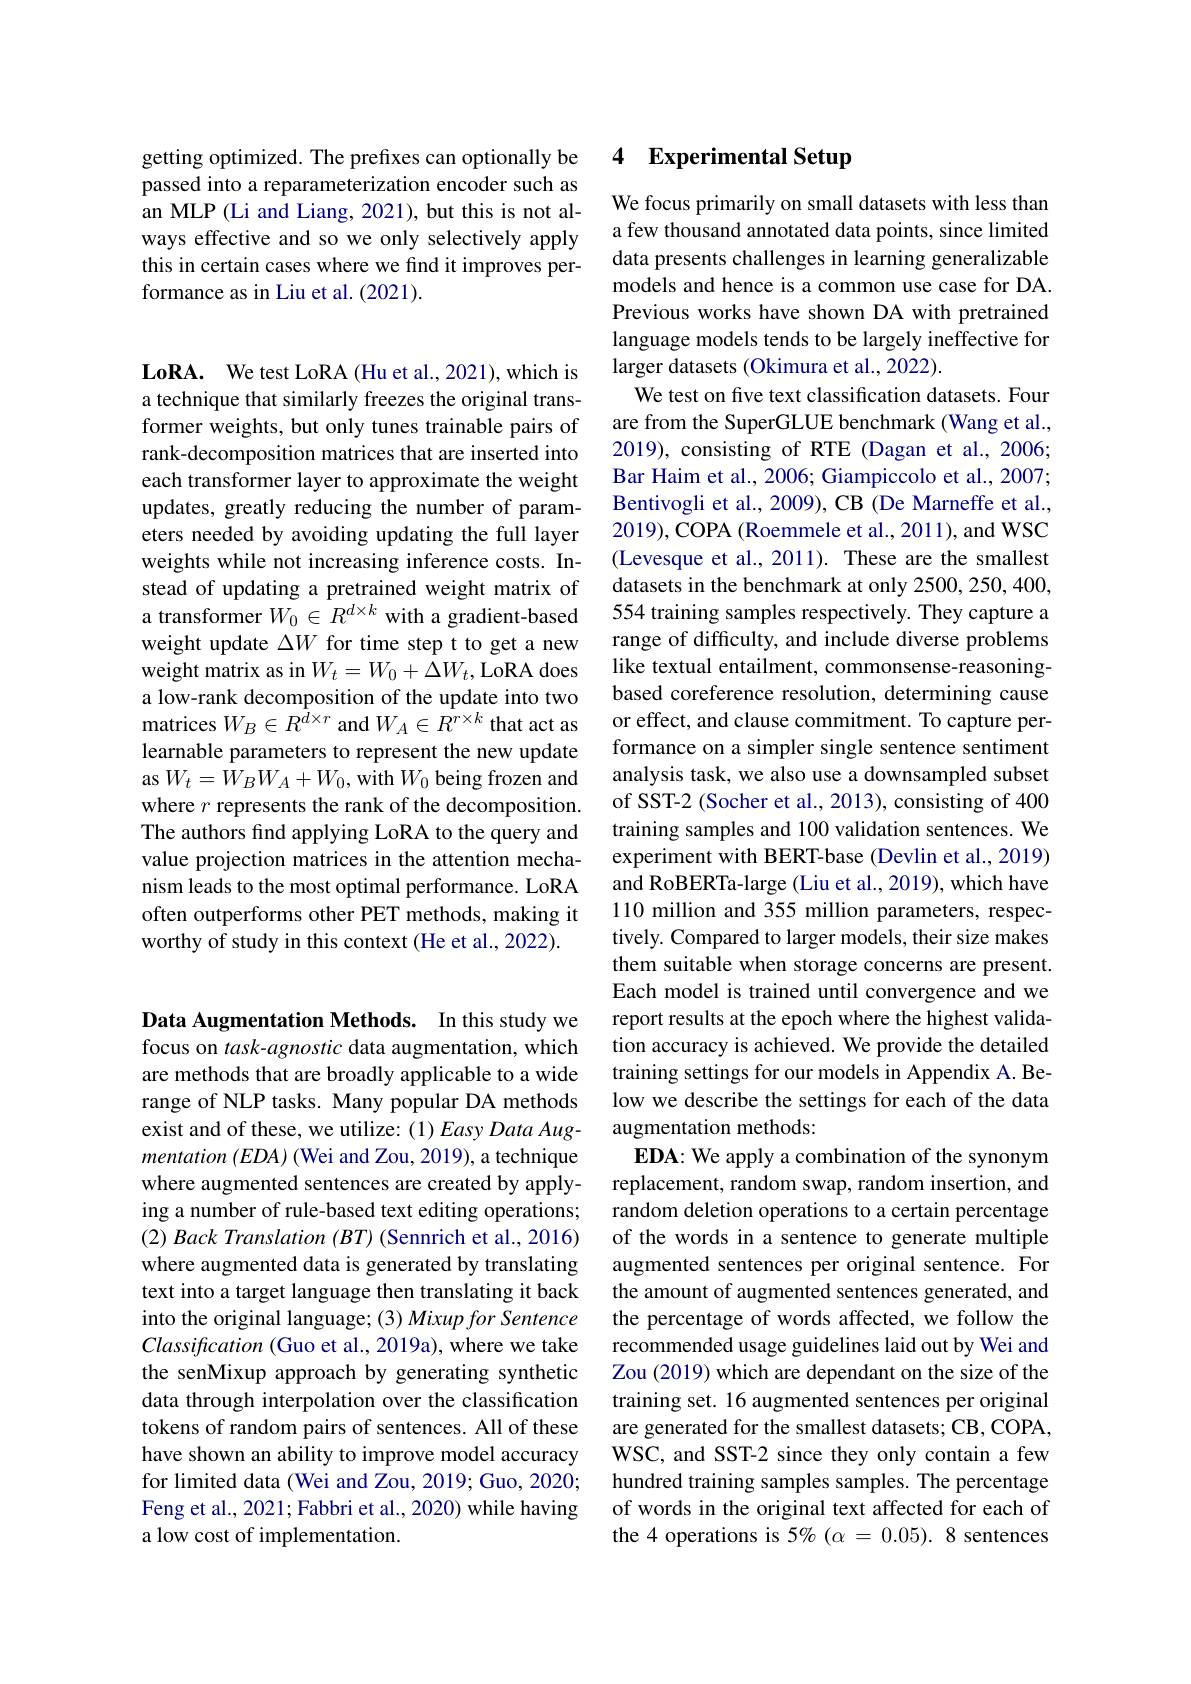
getting optimized. The prefixes can optionally be passed into a reparameterization encoder such as an MLP (Li and Liang, 2021), but this is not always effective and so we only selectively apply this in certain cases where we find it improves performance as in Liu et al. (2021).

$\mathbf{LoRA. }$ We test LoRA(Hu et al., 2021), which is a technique that similarly freezes the original transformer weights, but only tunes trainable pairs of rank-decomposition matrices that are inserted into each transformer layer to approximate the weight updates, greatly reducing the number of parameters needed by avoiding updating the full layer weights while not increasing inference costs. Instead of updating a pretrained weight matrix of a transformer $W_0\in R^{d\times k}$ with a gradient-based weight update $\Delta W$ for time step t to get a new weight matrix as in $W_t=W_0+\bar{\Delta}W_t$, LoRA does a low-rank decomposition of the update into two matrices $W_B\in R^{\bar{d}\times r}$ and $W_A\in\bar{R^{r\times k}}$ that act as learnable parameters to represent the new update as $W_t=W_BW_A+W_0$, with $W_0$ being frozen and where $r$ represents the rank of the decomposition. The authors find applying LoRA to the query and value projection matrices in the attention mechanism leads to the most optimal performance. LoRA often outperforms other PET methods, making it worthy of study in this context (He et al., 2022).

Data Augmentation Methods. In this study we focus on task-agnostic data augmentation, which are methods that are broadly applicable to a wide range of NLP tasks. Many popular DA methods exist and of these, we utilize: (1) Easy Data Augmentation $(EDA)$ (Wei and Zou, 2019), a technique where augmented sentences are created by applying a number of rule-based text editing operations; $( 2) \textit{ Back Translation }( BT)$ (Sennrich et al., 2016) where augmented data is generated by translating text into a target language then translating it back into the original language; (3) Mixup for Sentence Classification (Guo et al., 2019a), where we take the senMixup approach by generating synthetic data through interpolation over the classification tokens of random pairs of sentences. All of these have shown an ability to improve model accuracy for limited data (Wei and Zou, 2019; Guo, 2020; Feng et al., 2021; Fabbri et al., 2020) while having a low cost of implementation.

### 4 Experimental Setup

We focus primarily on small datasets with less than a few thousand annotated data points, since limited data presents challenges in learning generalizable models and hence is a common use case for DA. Previous works have shown DA with pretrained language models tends to be largely ineffective for larger datasets (Okimura et al., 2022).
We test on five text classification datasets. Four are from the SuperGLUE benchmark (Wang et al., 2019), consisting of RTE (Dagan et al., 2006; Bar Haim et al., 2006; Giampiccolo et al., 2007; Bentivogli et al., 2009), CB (De Marneffe et al., 2019),COPA (Roemmele et al., 2011), and WSC (Levesque et al., 2011). These are the smallest datasets in the benchmark at only 2500, 250, 400, 554 training samples respectively. They capture a range of difficulty, and include diverse problems like textual entailment, commonsense-reasoningbased coreference resolution, determining cause or effect, and clause commitment. To capture performance on a simpler single sentence sentiment analysis task, we also use a downsampled subset of SST-2 (Socher et al., 2013), consisting of 400 training samples and 100 validation sentences. We experiment with BERT-base (Devlin et al., 2019) and RoBERTa-large (Liu et al., 2019), which have 110 million and 355 million parameters, respectively. Compared to larger models, their size makes them suitable when storage concerns are present. Each model is trained until convergence and we report results at the epoch where the highest validation accuracy is achieved. We provide the detailed training settings for our models in Appendix A. Below we describe the settings for each of the data augmentation methods:
EDA: We apply a combination of the synonym replacement, random swap, random insertion, and random deletion operations to a certain percentage of the words in a sentence to generate multiple augmented sentences per original sentence. For the amount of augmented sentences generated, and the percentage of words affected, we follow the recommended usage guidelines laid out by Wei and Zou (2019) which are dependant on the size of the training set. 16 augmented sentences per original are generated for the smallest datasets; CB, COPA, WSC, and SST-2 since they only contain a few hundred training samples samples. The percentage of words in the original text affected for each of the 4 operations is 5% $(\alpha=0.05).8$ sentences